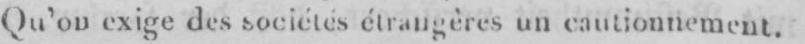
Qu’on exige des sociétés étrangèresun cautionnement.